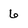
Character: 6